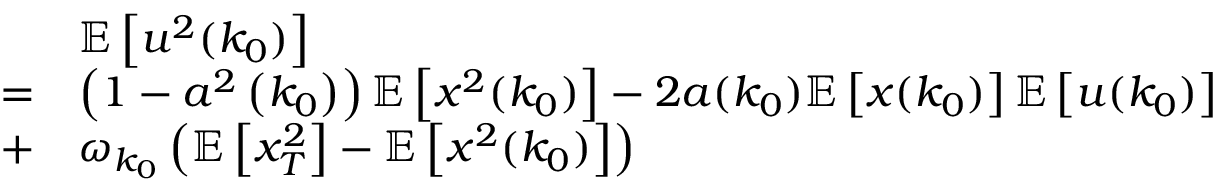
\begin{array} { r l } & { \mathbb { E } \left[ u ^ { 2 } ( k _ { 0 } ) \right] } \\ { = } & { \left( 1 - a ^ { 2 } \left( k _ { 0 } \right) \right) \mathbb { E } \left[ x ^ { 2 } ( k _ { 0 } ) \right] - 2 a ( k _ { 0 } ) \mathbb { E } \left[ x ( k _ { 0 } ) \right] \mathbb { E } \left[ u ( k _ { 0 } ) \right] } \\ { + } & { \omega _ { k _ { 0 } } \left( \mathbb { E } \left[ x _ { T } ^ { 2 } \right] - \mathbb { E } \left[ x ^ { 2 } ( k _ { 0 } ) \right] \right) } \end{array}